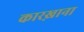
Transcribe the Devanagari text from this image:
कारख़ाना